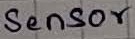
Text: Sensor